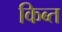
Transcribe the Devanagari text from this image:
किब्त